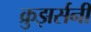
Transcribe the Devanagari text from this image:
क्रुझर्सनी